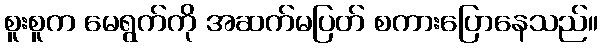
စူးစူက မေရွက်ကို အဆက်မပြတ် စကားပြောနေသည်။